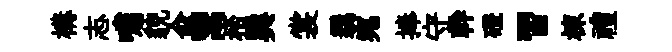
構志嘯貌兪鬻桮巽裳覊宛捧守幹磴習棟禮